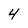
Character: 4